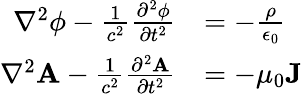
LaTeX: {\begin{array}{rl}{\nabla^{2}\phi-{\frac{1}{c^{2}}}{\frac{\partial^{2}\phi}{\partial t^{2}}}}&{=-{\frac{\rho}{\epsilon_{0}}}}\\ {\nabla^{2}\mathbf{A}-{\frac{1}{c^{2}}}{\frac{\partial^{2}\mathbf{A}}{\partial t^{2}}}}&{=-\mu_{0}\mathbf{J}}\end{array}}